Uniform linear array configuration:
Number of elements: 8
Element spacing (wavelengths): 1
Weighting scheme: exponential
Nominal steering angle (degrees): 30
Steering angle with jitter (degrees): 28.013
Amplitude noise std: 0.05
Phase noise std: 0.05

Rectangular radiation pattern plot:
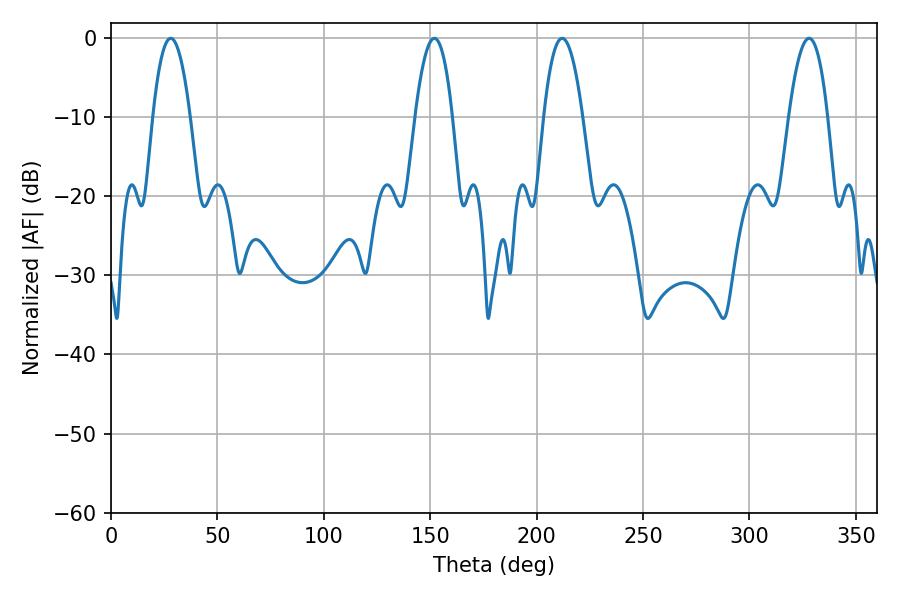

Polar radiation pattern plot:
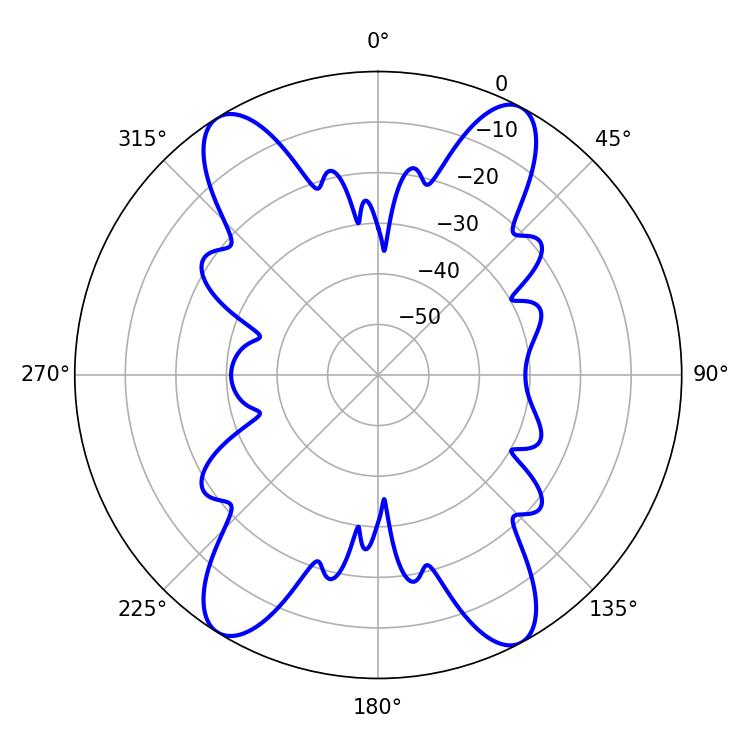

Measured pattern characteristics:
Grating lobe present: TRUE
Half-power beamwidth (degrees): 9.54
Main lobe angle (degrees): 151.92